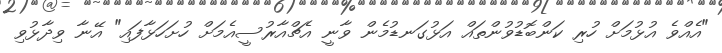
"އެއްވެ އުޅުމަށް ހުރި ކަންބޮޑުވުންތައް އަޅުގަނޑުމެން ވާނީ އެޗްއާރުސީއެމަށް ހުށަހަަޅާފައި" އޭނާ ވިދާޅުވި